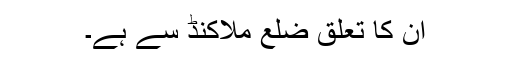
ان کا تعلق ضلع ملاکنڈ سے ہے۔